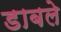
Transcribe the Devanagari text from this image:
डाबले